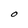
Character: O